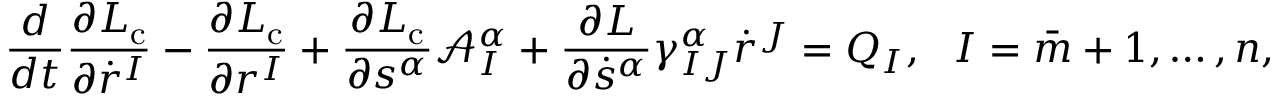
\frac { d } { d t } \frac { \partial L _ { \mathrm { c } } } { \partial \dot { r } ^ { I } } - \frac { \partial L _ { \mathrm { c } } } { \partial r ^ { I } } + \frac { \partial L _ { \mathrm { c } } } { \partial s ^ { \alpha } } \mathcal { A } _ { I } ^ { \alpha } + \frac { \partial L } { \partial \dot { s } ^ { \alpha } } \gamma _ { I J } ^ { \alpha } \dot { r } ^ { J } = Q _ { I } , \ \ I = \bar { m } + 1 , \ldots , n ,